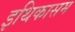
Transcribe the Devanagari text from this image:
इथिकासम